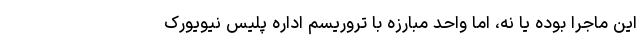
این ماجرا بوده یا نه، اما واحد مبارزه با تروریسم اداره پلیس نیویورک